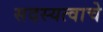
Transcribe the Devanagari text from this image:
सदस्यत्वाचे